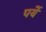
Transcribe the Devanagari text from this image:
पर्ये